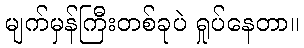
မျက်မှန်ကြီးတစ်ခုပဲ ရှုပ်နေတာ။